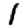
Digit: 1